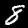
Label: 8